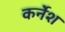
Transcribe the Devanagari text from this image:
कर्नेश